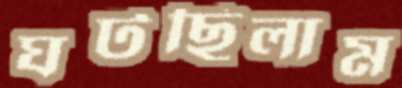
ঘটছিলাম